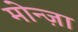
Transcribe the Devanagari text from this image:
मोन्ज़ा